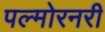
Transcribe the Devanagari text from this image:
पल्मोरनरी